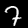
Label: 7